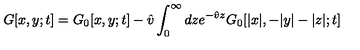
G [ x , y ; t ] = G _ { 0 } [ x , y ; t ] - \hat { v } \int _ { 0 } ^ { \infty } d z e ^ { - \hat { v } z } G _ { 0 } [ | x | , - | y | - | z | ; t ]